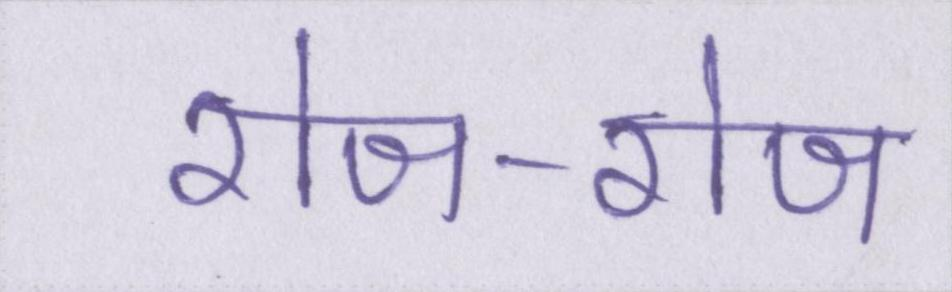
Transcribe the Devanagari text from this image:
रोज-रोज